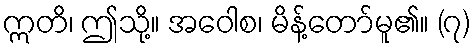
ဣတိ၊ ဤသို့။ အဝေါစ၊ မိန့်တော်မူ၏။ (၇)